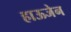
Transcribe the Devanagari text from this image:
हाऊजेन